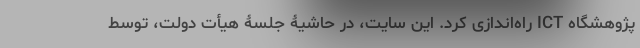
پژوهشگاه ICT راه‌اندازی کرد. این سایت، در حاشیۀ جلسۀ هیأت دولت، توسط